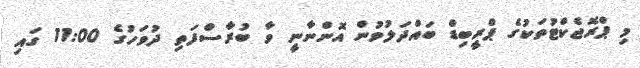
މި ޕްރޮޖެކްޓުތަކުގެ ޕްރީބިޑް ބައްދަލުވުން އޮންނާނީ ވާ ބުރާސްފަތި ދުވަހުގެ 11:00 ގައި